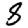
Digit: 8